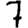
Digit: 7